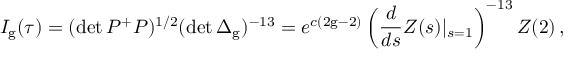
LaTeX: I _ { \mathrm { g } } ( \tau ) = ( \operatorname * { d e t } P ^ { + } P ) ^ { 1 / 2 } ( \operatorname * { d e t } \Delta _ { \mathrm { g } } ) ^ { - 1 3 } = e ^ { c ( 2 \mathrm { g } - 2 ) } \left( \frac { d } { d s } Z ( s ) | _ { s = 1 } \right) ^ { - 1 3 } Z ( 2 ) \, ,